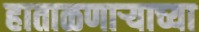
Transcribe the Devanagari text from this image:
हाताळणार्‍याच्या